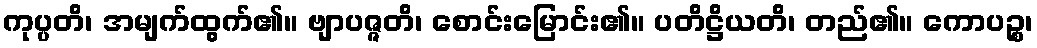
ကုပ္ပတိ၊ အမျက်ထွက်၏။ ဗျာပဇ္ဇတိ၊ စောင်းမြောင်း၏။ ပတိဋ္ဌိယတိ၊ တည်၏။ ကောပဉ္စ၊